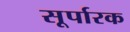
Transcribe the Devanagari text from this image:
सूर्पारक